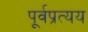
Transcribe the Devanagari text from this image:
पूर्वप्रत्यय